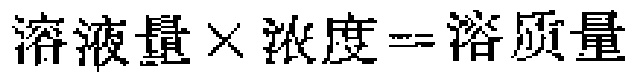
溶液量\times 浓度=溶质质量